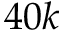
4 0 k